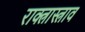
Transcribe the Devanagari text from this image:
राक्त्रास्त्राव